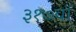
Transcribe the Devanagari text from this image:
३१७वॉ